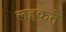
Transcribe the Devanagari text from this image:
लहकते